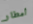
أمطار